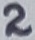
Text: 2